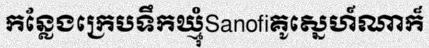
កន្លែងក្រេបទឹកឃ្មុំSanofiគូស្នេហ៍ណាក៏